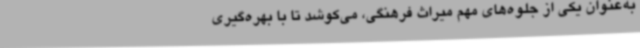
به‌عنوان یکی از جلوه‌های مهم میراث فرهنگی، می‌کوشد تا با بهره‌گیری